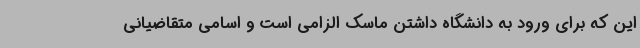
این که برای ورود به دانشگاه داشتن ماسک الزامی است و اسامی متقاضیانی